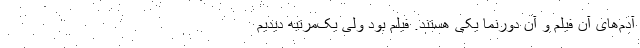
آدم‌های آن فیلم و آن دورنما یکی هستند. فیلم بود ولی یک‌مرتبه دیدیم